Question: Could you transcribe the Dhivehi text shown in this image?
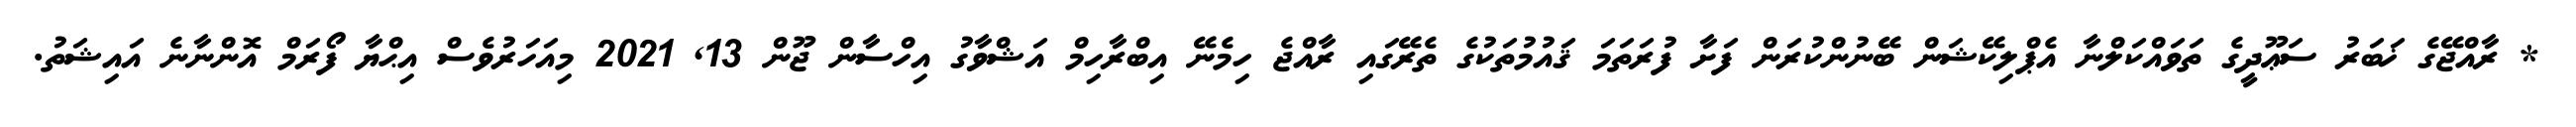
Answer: * ރާއްޖޭގެ ޚަބަރު ސަޢޫދީގެ ތަވައްކަލްނާ އެޕްލިކޭޝަން ބޭނުންކުރަން ފަށާ ފުރަތަމަ ޤައުމުތަކުގެ ތެރޭގައި ރާއްޖެ ހިމެނޭ އިބްރާހިމް އަޝްވާގު އިހްސާން ޖޫން 13, 2021 މިއަހަރުވެސް އިޙްޔާ ފޯރަމް އޮންނާނެ އައިޝަތު.